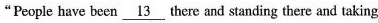
"People have been \underline{13} there and standing there and taking